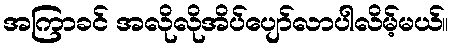
အကြာခင် အလိုလိုအိပ်ပျော်လာပါလိမ့်မယ်။